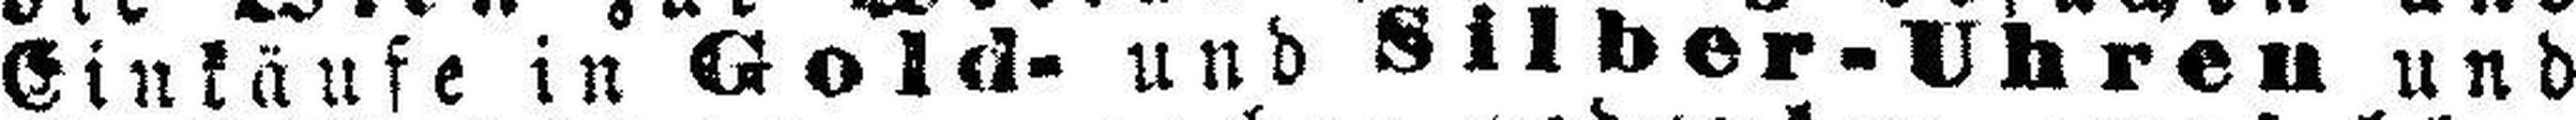
Einkäufe in Gold- und Silber-Uhren und